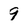
Character: 9